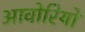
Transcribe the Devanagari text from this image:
आवोरियों